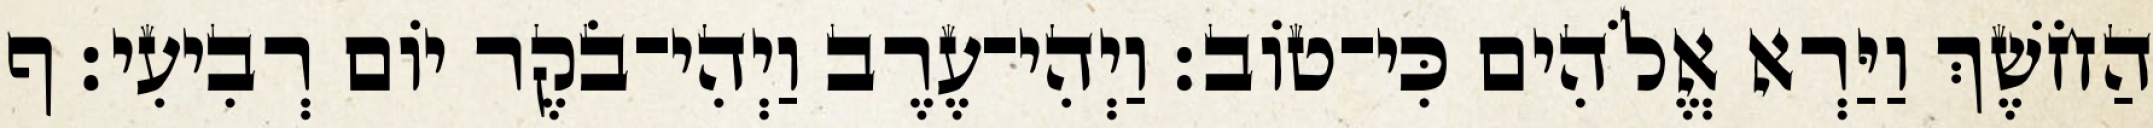
הַחֹשֶׁךְ וַיַּרְא אֱלֹהִים כִּי־טֹוב׃ וַיְהִי־עֶרֶב וַיְהִי־בֹקֶר יֹום רְבִיעִי׃ ף